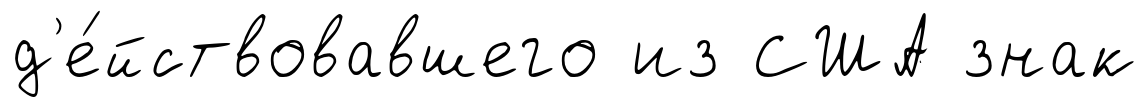
д'е́йствовавшего из США знак